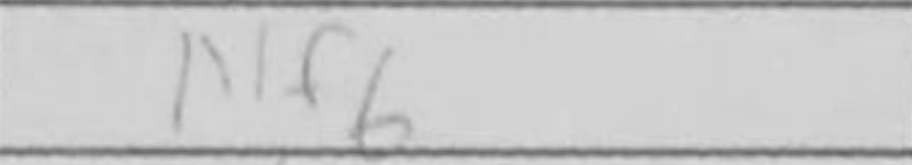
Transcription: Nf6